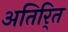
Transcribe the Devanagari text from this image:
अतिरि्‍त